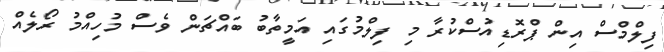
ފިލްމްސް އިން ޕްރޮޑިއުސްކުރާ މި ފިލްމުގައި އަމީތާބު ބައްޗަން ވެސް މުހިއްމު ރޯލެއް